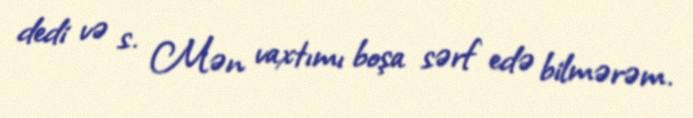
dedi və s. Mən vaxtımı boşa sərf edə bilmərəm.